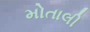
મોતાલી